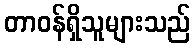
တာဝန်ရှိသူများသည်